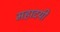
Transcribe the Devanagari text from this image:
महादयी